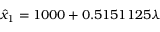
\hat { x } _ { 1 } = 1 0 0 0 + 0 . 5 1 5 1 1 2 5 \lambda